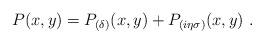
\begin{align*}P(x,y) =P_{(\delta)}(x,y) +P_{(i\eta\sigma)}(x,y) ~.\end{align*}